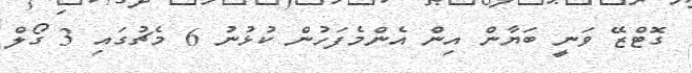
ގޮޓްޒޭ ވަނީ ބަޔާން އިން އެންމެފަހުން ކުޅުނު 6 މެޗުގައި 3 ގޯލް